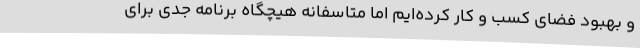
و بهبود فضای کسب و کار کرده‌ایم اما متاسفانه هیچگاه برنامه جدی برای